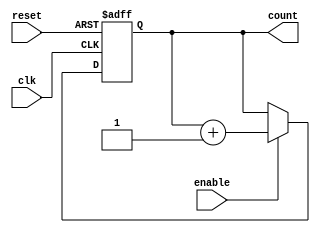
module async_counter #(
    parameter N = 4 // Number of bits for the counter
)(
    input wire clk,           // Clock input
    input wire reset,         // Asynchronous reset input
    input wire enable,        // Enable input (optional)
    output reg [N-1:0] count  // Counter output
);

    // Asynchronous reset and counting logic
    always @(posedge clk or posedge reset) begin
        if (reset) begin
            count <= 0; // Reset the counter to 0
        end else if (enable) begin
            count <= count + 1; // Increment the counter
        end
    end

endmodule